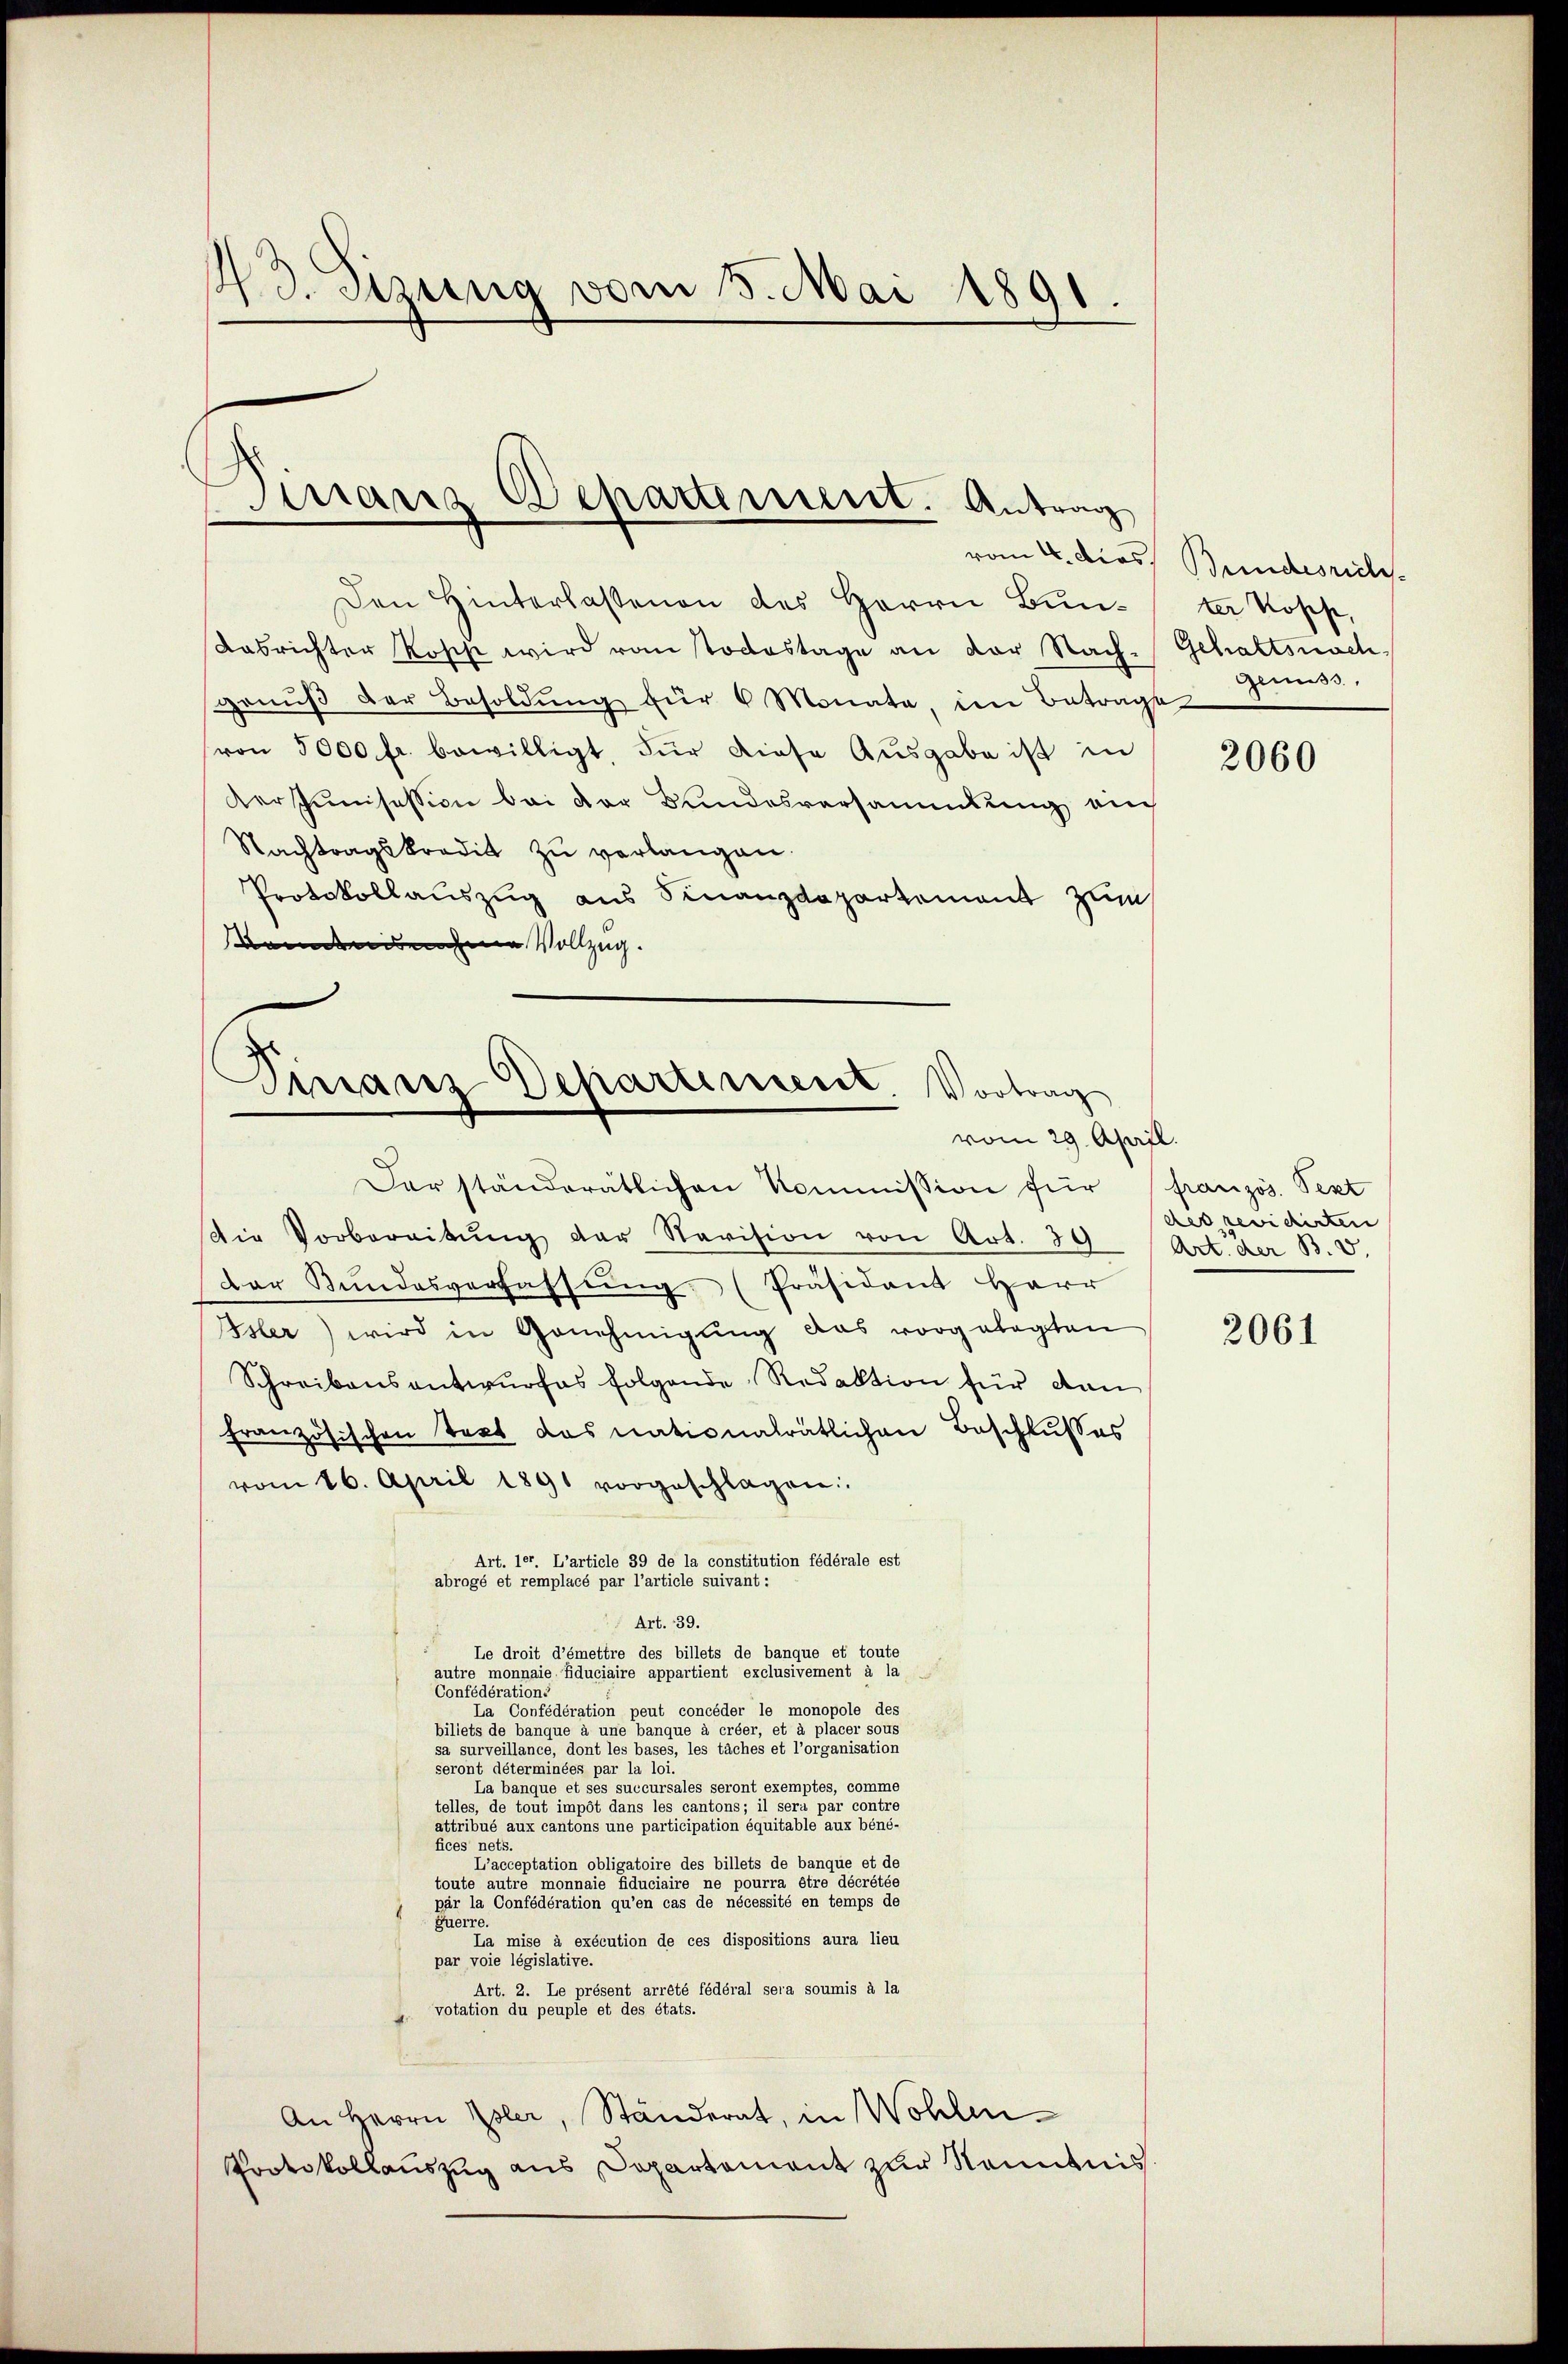
. d. Sitzung vom 5. Mai 1891

Mraus Departement. Antrag

Den Hinterlassenen des Herrn Bŭnter Rosche,
dasrichter Rosch wird vom Todestage an der Nach-
grnŭβ der Besoldŭng für 6 Monate, im Betrage
von 5000 fr. bewilligt, für diese Ausgabe ist in
Verschumisession bei der Bundesversammlung auch
Nachtragskredit zŭ verlangen.
Protokollauszug aus Finanzdepartement zum
Bandende Vollzug.

Finanz Departement. Vortrag
vom 29. April.

Der ständerätlichen Kommission für französ. Sept
Die Vorbereitŭng der Revision von Art. 39
Der Bŭndesverfassŭng. (Präsident Herr
Isler) wird in Genehmigŭng das vorgelegten
Schreibensantwŭrfes folgende Redaktion für dan
französischen Text das nationalrätlichen Beschlusses
vom 16. April 1891 vorgeschlagen:
Art. ler. L’article 39 de la constitution fédérale est
abrogé et remplacé par l’article suivant :
Art. 39.
Le droit d’émettre des billets de banque et toute
autre monnaie Fiduciaire appartient exclusivement à la
Confederation eine
La Confédération peut concéder le monopole des
biliets de banque à une banque à créer, et à placer sous
sa surveillance, dont les bases, les taches et l’organisation
seront seiner eine er der 18
La banque et ses succursales seront exemptes, comme
telles, de tout impôt dans les cantons; il sera par contre
attribué aux cantons une participation équitable aux béné-
fices nett.
L’acceptation obligatoire des billets de banque et de
toute autre monnaie fiduciaire ne pourra être décrétée
pär la Confédération qu’en cas de nécessité en temps de
1
guerre.
La mise à exécution de ces dispositions aura lieu
par voie législative.
Art. 2. Le présent arrêté fédéral sera soumis à la
 votation du peuple et des états.
An Herrn Isler, Ständerat, in Wohlen¬
Protokollauszug aus Departement zur Kenntnis

vom 4. Dies Bundesrichs.

Gehaltsnach
genuss,

2060

des revidirten
Art. der B. d.

2061